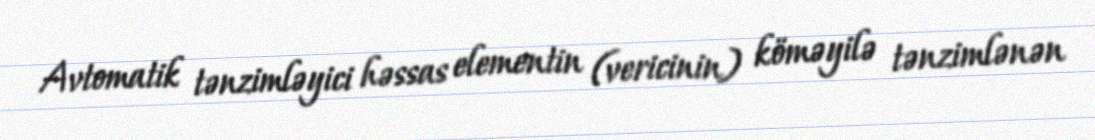
Avtomatik tənzimləyici həssas elementin (vericinin) köməyilə tənzimlənən